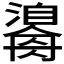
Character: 𤂃